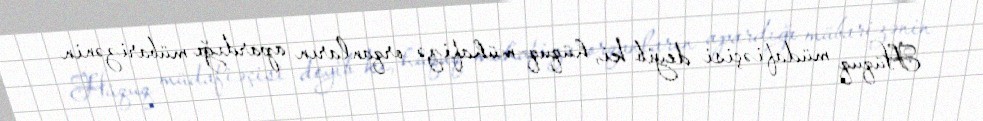
Hüquq müdafiəçisi deyib ki, hüquq-mühafizə orqanların apardığı mübarizənin